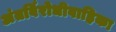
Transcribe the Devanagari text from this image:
अंतर्विरोधीवाहिका